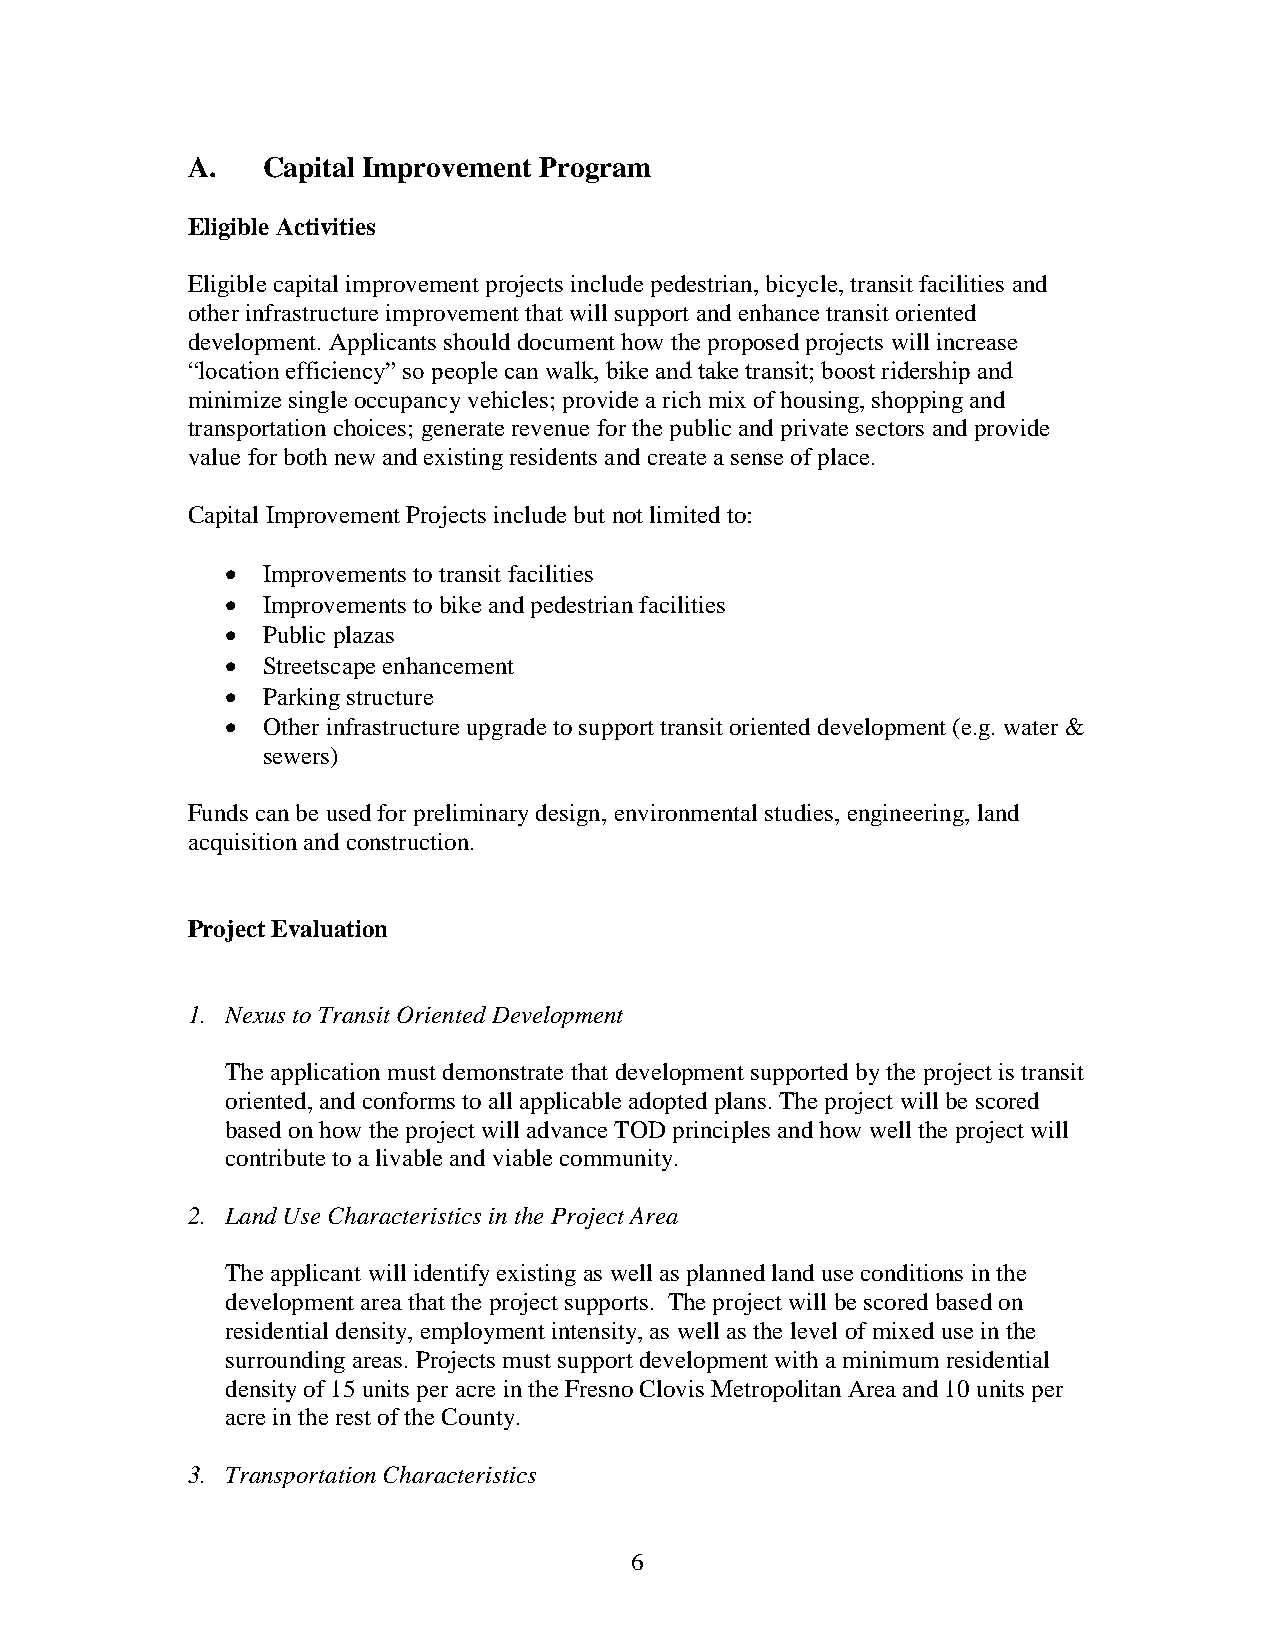
A.   Capital Improvement Program
 Eligible Activities
 Eligible capital improvement projects include pedestrian, bicycle, transit facilities and
 other infrastructure improvement that will support and enhance transit oriented
 development. Applicants should document how the proposed projects will increase
 “location efficiency” so people can walk, bike and take transit; boost ridership and
 minimize single occupancy vehicles; provide a rich mix of housing, shopping and
 transportation choices; generate revenue for the public and private sectors and provide
 value for both new and existing residents and create a sense of place.
 Capital Improvement Projects include but not limited to:
  Improvements to transit facilities
  Improvements to bike and pedestrian facilities
  Public plazas
  Streetscape enhancement
  Parking structure
  Other infrastructure upgrade to support transit oriented development (e.g. water &
 sewers)
 Funds can be used for preliminary design, environmental studies, engineering, land
 acquisition and construction.
 Project Evaluation
 1. Nexus to Transit Oriented Development
 The application must demonstrate that development supported by the project is transit
 oriented, and conforms to all applicable adopted plans. The project will be scored
 based on how the project will advance TOD principles and how well the project will
 contribute to a livable and viable community.
 2. Land Use Characteristics in the Project Area
 The applicant will identify existing as well as planned land use conditions in the
 development area that the project supports. The project will be scored based on
 residential density, employment intensity, as well as the level of mixed use in the
 surrounding areas. Projects must support development with a minimum residential
 density of 15 units per acre in the Fresno Clovis Metropolitan Area and 10 units per
 acre in the rest of the County.
 3. Transportation Characteristics
 6